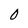
Character: O